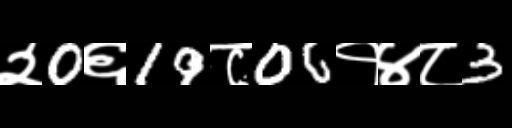
Text: २0६19८06१४८3